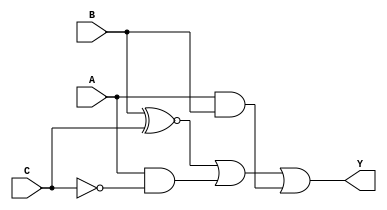
module combinational_logic (
    input wire A,      // Input A
    input wire B,      // Input B
    input wire C,      // Input C
    output wire Y      // Output Y
);

// Combinational logic using basic gates
assign Y = (B ~^ C) | (A & ~C) | (A & B); // Simplified logic expression

endmodule